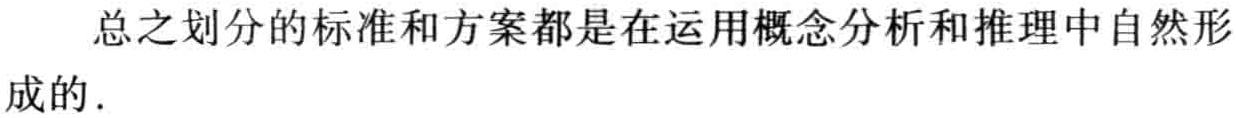
总之划分的标准和方案都是在运用概念分析和推理中自然形成的.